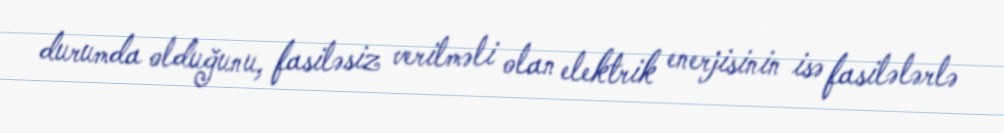
durumda olduğunu, fasiləsiz verilməli olan elektrik enerjisinin isə fasilələrlə